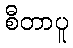
စီတာပူ